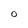
Character: O